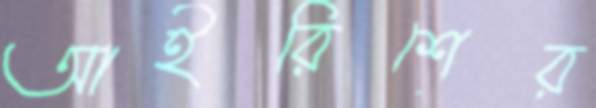
আইরিশের